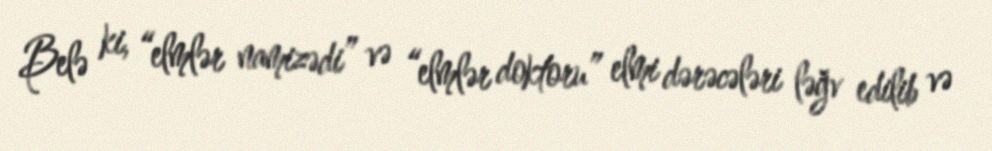
Belə ki, “elmlər namizədi” və “elmlər doktoru” elmi dərəcələri ləğv edilib və